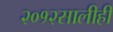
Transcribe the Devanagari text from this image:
२०१२सालीही